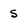
Character: s